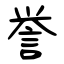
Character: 誉